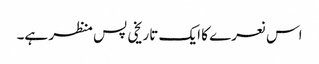
اس نعرے کا ایک تاریخی پس منظر ہے۔